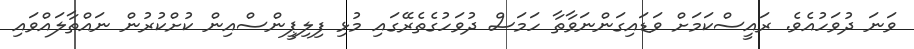
ވަނަ ދުވަހުއެވެ. ރައީސްކަމަށް ވަޑައިގަންނަވާތާ ހަމަސް ދުވަހުގެތެރޭގައި މުޅި ފިލިޕީންސްއިން ކުށްކުރުން ނައްތާލައްވައި